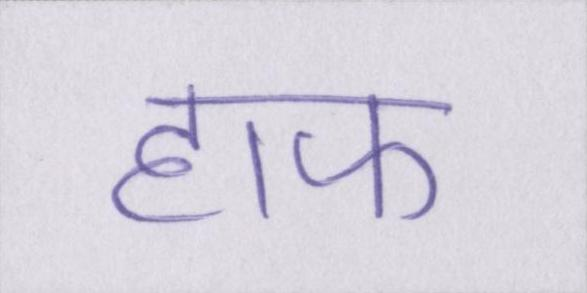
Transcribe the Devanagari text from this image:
हाफ